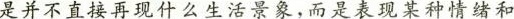
是并不直接再现什么生活景象，而是表现某种情绪和